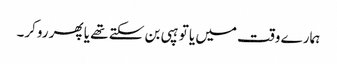
ہمارے وقت میں یا تو ہپی بن سکتے تھے یا پھر روکر۔